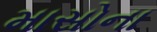
માસોના